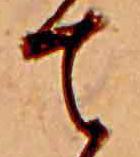
て